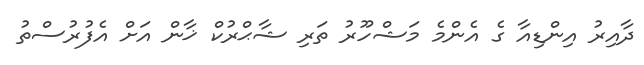
ދާއިރު އިންޑިއާ ގެ އެންމެ މަޝްހޫރު ތަރި ޝާޙްރުކް ޚާން އަށް އެފުރުސްތު